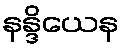
နန္ဒိယေန